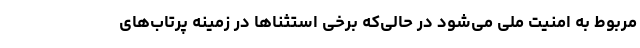
مربوط به امنیت ملی می‌شود در حالی‌که برخی استثناها در زمینه پرتاب‌های